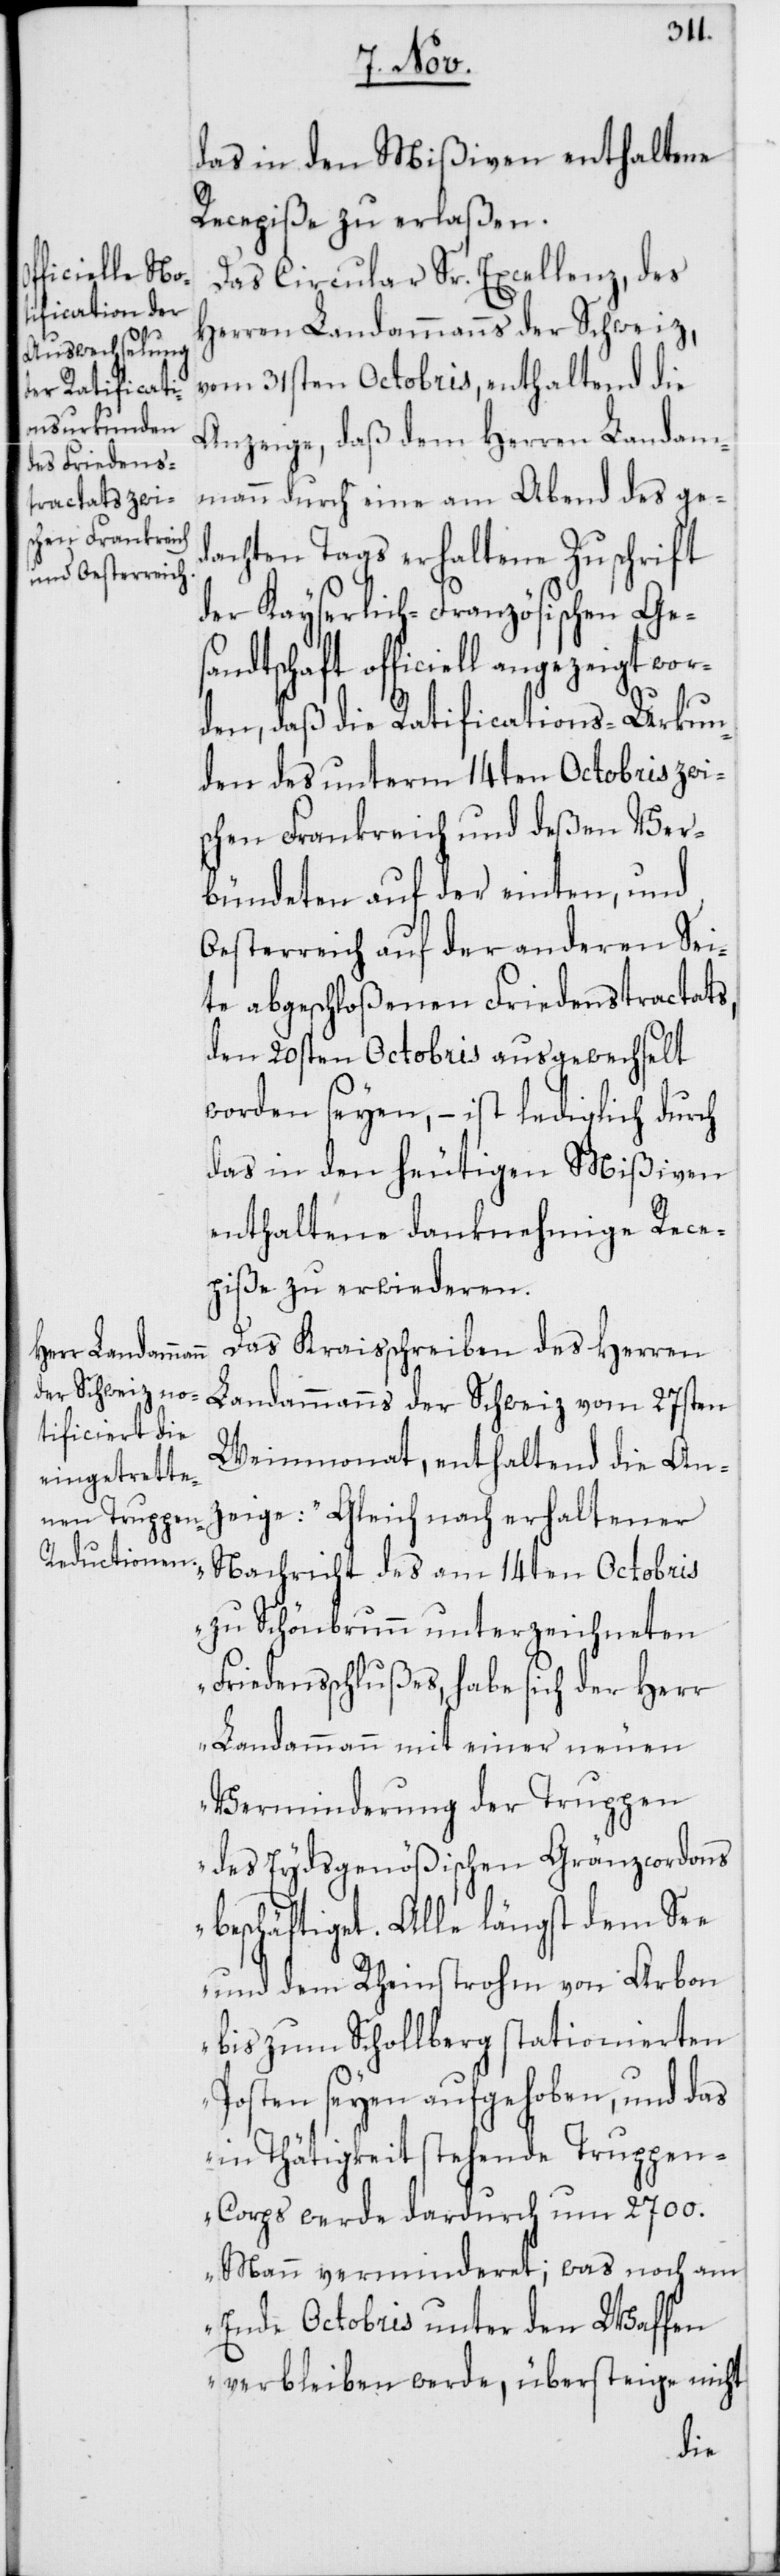
das in den Mißiven enthaltene
Recepiße zu erlaßen.
Das Circular Sr. Excellenz, des
ren Landammanns der Schweiz
vom 31sten Octobris, enthaltend die
Anzeige, daß dem Herren Landam¬
mann durch eine am Abend des ge¬
dachten Tags erhaltene Zuschrift
der Kayserlich-Französischen Ges¬
andtschaft officiell angezeigt wor¬
den, daß die Ratifications-Urkun¬
den des unterm 14ten Octobris zwi¬
schen Frankreich und deßen Ver¬
bündeten auf der einten, und
Oesterreich auf der anderen Sei¬
te abgeschloßenen Friedenstractats,
den 20sten Octobris ausgewechselt
worden seyen, – ist lediglich durch
das in den heutigen Mißiven
enthaltene danknehmige Rece¬
piße zu erwiederen.
Das Kraisschreiben des Her¬
Weinmonat, enthaltend die An¬
zeige: „Gleich nach erhaltener
Nachricht des am 14ten Octobris
zu Schönbrunn unterzeichneten
Friedenschlußes, habe sich der Herr
Landammann mit einer neuen
Verminderung der Truppen
des Eydsgenößischen Gränzcordons
beschäftiget. Alle längst dem See
und dem Rheinstrohm von Arbon
bis zum Schollberg stationierten
Posten seyen aufgehoben, und das
in Thätigkeit stehende Truppe¬
n-Corps werde dardurch um 2700.
Mann verminderet; was noch am
Ende Octobris unter den Waffen
verbleiben werde, übersteige nicht